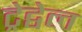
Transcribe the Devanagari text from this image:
ट्रेद्वेल